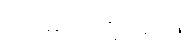
ဗောဓိပင်သို့တည်း။